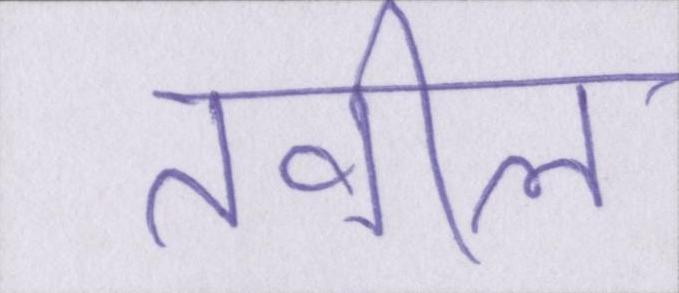
तवील